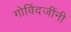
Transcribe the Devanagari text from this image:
गोविंदजींनी